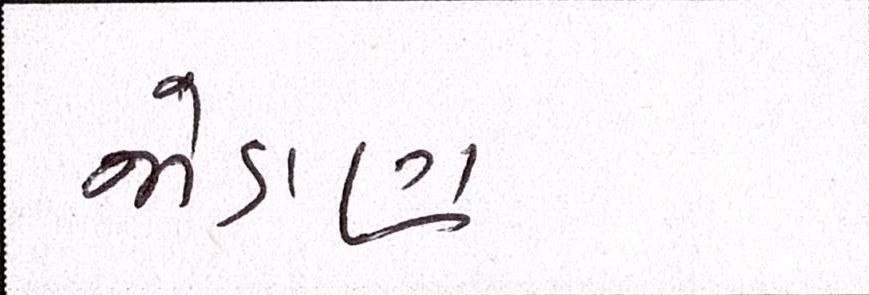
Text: જોડાણ